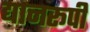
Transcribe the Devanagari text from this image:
द्यानरूपी